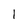
Character: 1